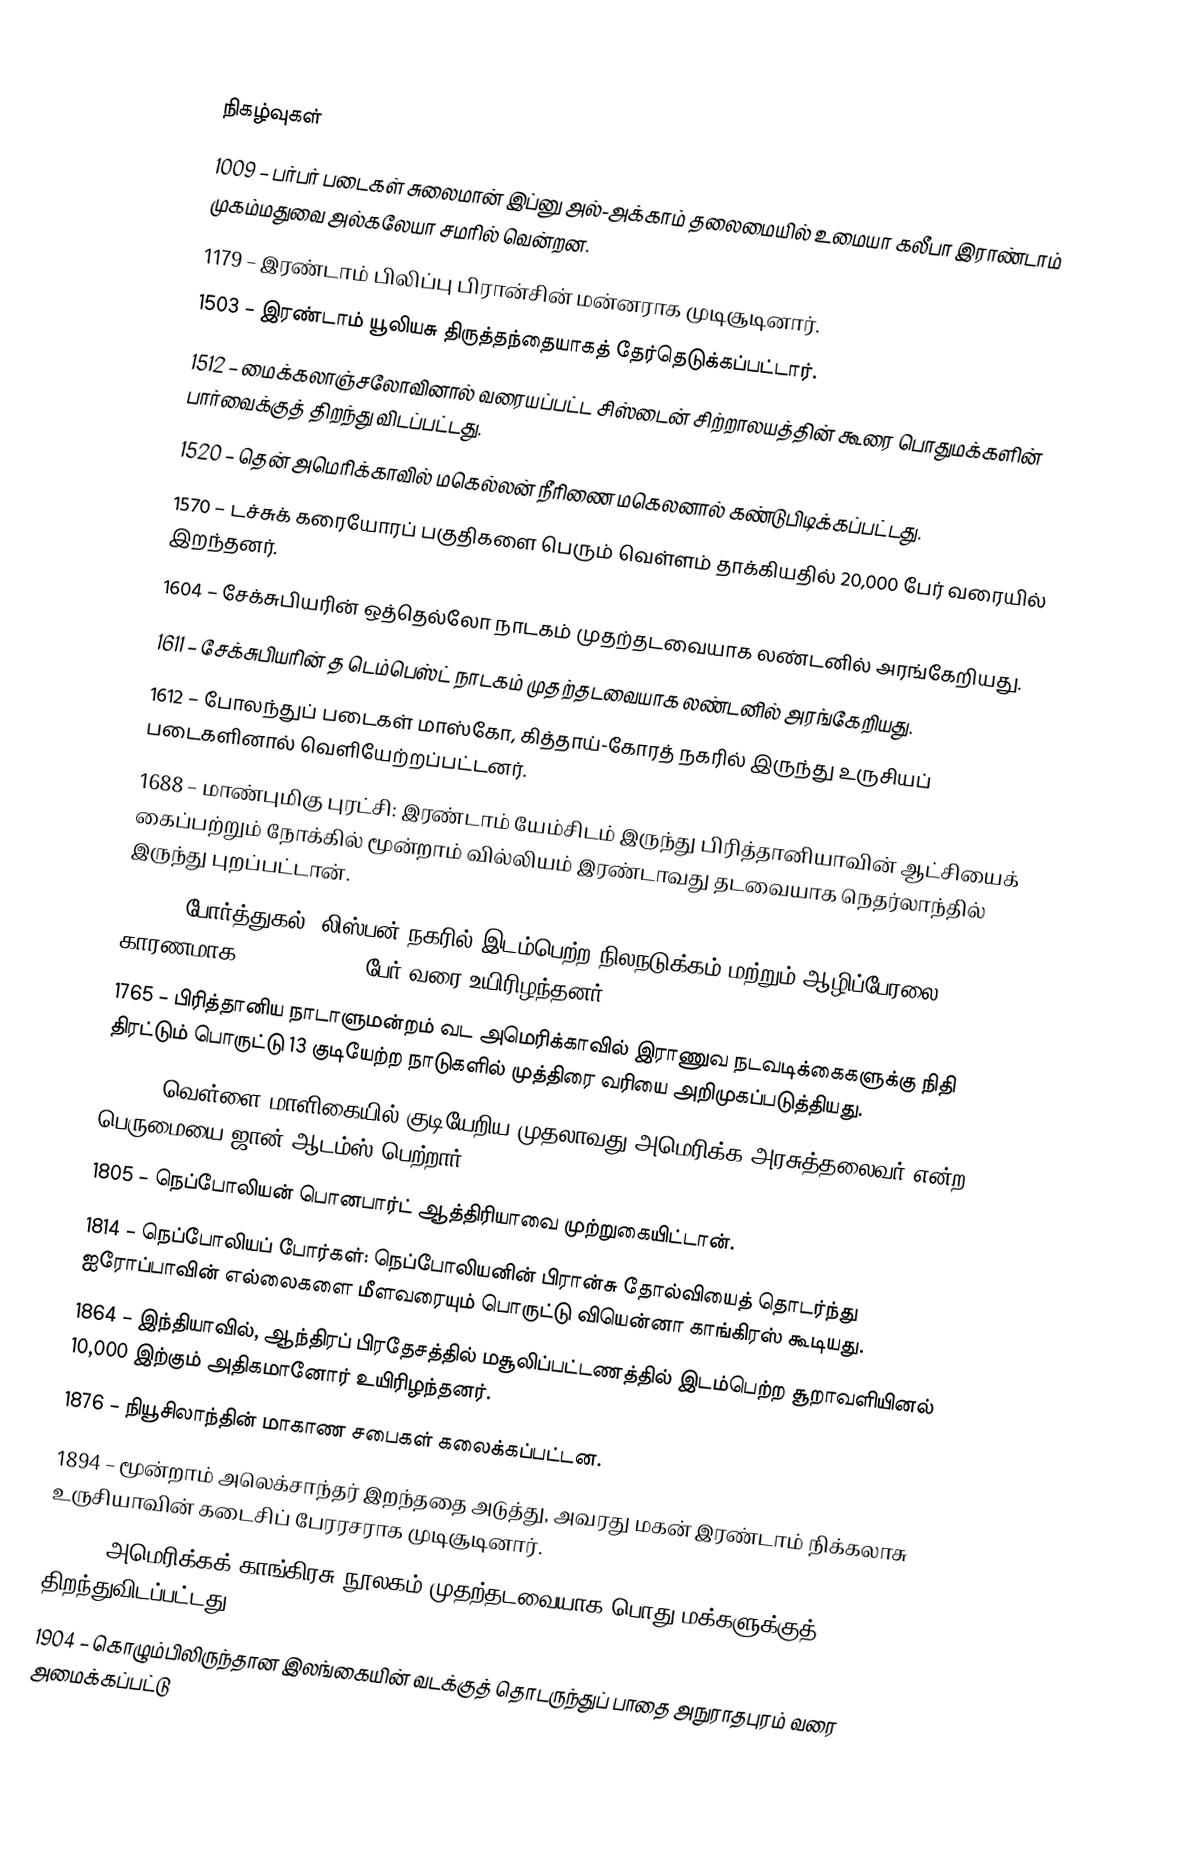

நிகழ்வுகள்
1009 – பர்பர் படைகள் சுலைமான் இப்னு அல்-அக்காம் தலைமையில் உமையா கலீபா இராண்டாம் முகம்மதுவை அல்கலேயா சமரில் வென்றன.
1179 – இரண்டாம் பிலிப்பு பிரான்சின் மன்னராக முடிசூடினார்.
1503 – இரண்டாம் யூலியசு திருத்தந்தையாகத் தேர்தெடுக்கப்பட்டார்.
1512 – மைக்கலாஞ்சலோவினால் வரையப்பட்ட சிஸ்டைன் சிற்றாலயத்தின் கூரை பொதுமக்களின் பார்வைக்குத் திறந்து விடப்பட்டது.
1520 – தென் அமெரிக்காவில் மகெல்லன் நீரிணை மகெலனால் கண்டுபிடிக்கப்பட்டது.
1570 – டச்சுக் கரையோரப் பகுதிகளை பெரும் வெள்ளம் தாக்கியதில் 20,000 பேர் வரையில் இறந்தனர்.
1604 – சேக்சுபியரின் ஒத்தெல்லோ நாடகம் முதற்தடவையாக லண்டனில் அரங்கேறியது.
1611 – சேக்சுபியரின் த டெம்பெஸ்ட் நாடகம் முதற்தடவையாக லண்டனில் அரங்கேறியது.
1612 – போலந்துப் படைகள் மாஸ்கோ, கித்தாய்-கோரத் நகரில் இருந்து உருசியப் படைகளினால் வெளியேற்றப்பட்டனர்.
1688 – மாண்புமிகு புரட்சி: இரண்டாம் யேம்சிடம் இருந்து பிரித்தானியாவின் ஆட்சியைக் கைப்பற்றும் நோக்கில் மூன்றாம் வில்லியம் இரண்டாவது தடவையாக நெதர்லாந்தில் இருந்து புறப்பட்டான்.
1755 – போர்த்துகல், லிஸ்பன் நகரில் இடம்பெற்ற நிலநடுக்கம் மற்றும் ஆழிப்பேரலை காரணமாக 60,000-90,000 பேர் வரை உயிரிழந்தனர்.
1765 – பிரித்தானிய நாடாளுமன்றம் வட அமெரிக்காவில் இராணுவ நடவடிக்கைகளுக்கு நிதி திரட்டும் பொருட்டு 13 குடியேற்ற நாடுகளில் முத்திரை வரியை அறிமுகப்படுத்தியது.
1800 – வெள்ளை மாளிகையில் குடியேறிய முதலாவது அமெரிக்க அரசுத்தலைவர் என்ற பெருமையை ஜான் ஆடம்ஸ் பெற்றார்.
1805 – நெப்போலியன் பொனபார்ட் ஆத்திரியாவை முற்றுகையிட்டான்.
1814 – நெப்போலியப் போர்கள்: நெப்போலியனின் பிரான்சு தோல்வியைத் தொடர்ந்து ஐரோப்பாவின் எல்லைகளை மீளவரையும் பொருட்டு வியென்னா காங்கிரஸ் கூடியது.
1864 – இந்தியாவில், ஆந்திரப் பிரதேசத்தில் மசூலிப்பட்டணத்தில் இடம்பெற்ற சூறாவளியினல் 10,000 இற்கும் அதிகமானோர் உயிரிழந்தனர்.
1876 – நியூசிலாந்தின் மாகாண சபைகள் கலைக்கப்பட்டன.
1894 – மூன்றாம் அலெக்சாந்தர் இறந்ததை அடுத்து, அவரது மகன் இரண்டாம் நிக்கலாசு உருசியாவின் கடைசிப் பேரரசராக முடிசூடினார்.
1897 – அமெரிக்கக் காங்கிரசு நூலகம் முதற்தடவையாக பொது மக்களுக்குத் திறந்துவிடப்பட்டது.
1904 – கொழும்பிலிருந்தான இலங்கையின் வடக்குத் தொடருந்துப் பாதை அநுராதபுரம் வரை அமைக்கப்பட்டு